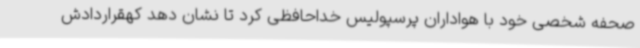
صحفه شخصی خود با هواداران پرسپولیس خداحافظی کرد تا نشان دهد کهقراردادش